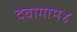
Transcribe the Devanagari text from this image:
देवागाम४